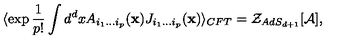
\langle \exp { \frac { 1 } { p ! } } \int d ^ { d } x A _ { i _ { 1 } \ldots i _ { p } } ( { \bf x } ) J _ { i _ { 1 } \ldots i _ { p } } ( { \bf x } ) \rangle _ { C F T } = { \cal Z } _ { A d S _ { d + 1 } } [ { \cal A } ] ,